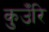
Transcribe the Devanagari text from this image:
कुउँरि